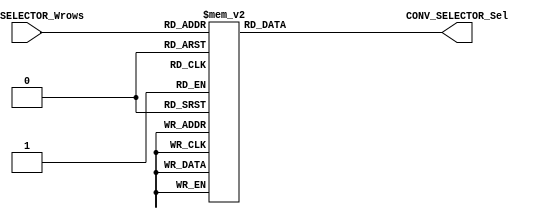
/*#########################################################################
//# General purpose demultiplexer
//#########################################################################
//#
//# Copyright (C) 2021 Jose Maria Jaramillo Hoyos 
//# 
//# This program is free software: you can redistribute it and/or modify
//# it under the terms of the GNU General Public License as published by
//# the Free Software Foundation, either version 3 of the License, or
//# (at your option) any later version.
//#
//# This program is distributed in the hope that it will be useful,
//# but WITHOUT ANY WARRANTY; without even the implied warranty of
//# MERCHANTABILITY or FITNESS FOR A PARTICULAR PURPOSE.  See the
//# GNU General Public License for more details.
//#
//# You should have received a copy of the GNU General Public License
//# along with this program.  If not, see <https://www.gnu.org/licenses/>.
//#
//########################################################################*/

module CONV_SELECTOR #( parameter BITWIDTH_W_ROWS=4)(


//////////// INPUTS //////////
CONV_SELECTOR_Wrows,

//////////// OUTPUTS //////////
CONV_SELECTOR_Sel

);

//=======================================================
//  PORT declarations
//=======================================================
input [BITWIDTH_W_ROWS-1:0] CONV_SELECTOR_Wrows;
output reg [12:0] CONV_SELECTOR_Sel;

//=======================================================
//  Local parameters
//======================================================
localparam [12:0] INVALID   = 13'b0000000000000;
localparam [12:0] CONV1  = 13'b0000000000001;
localparam [12:0] CONV2  = 13'b0000000000011;
localparam [12:0] CONV3  = 13'b0000000000111;
localparam [12:0] CONV4  = 13'b0000000001111;
localparam [12:0] CONV5  = 13'b0000000011111;
localparam [12:0] CONV6  = 13'b0000000111111;
localparam [12:0] CONV7  = 13'b0000001111111;
localparam [12:0] CONV8  = 13'b0000011111111;
localparam [12:0] CONV9  = 13'b0000111111111;
localparam [12:0] CONV10 = 13'b0001111111111;
localparam [12:0] CONV11 = 13'b0011111111111;
localparam [12:0] CONV12 = 13'b0111111111111;
localparam [12:0] CONV13 = 13'b1111111111111;


//=======================================================
//  Combinational lofgic
//=======================================================

always @(*)
begin
	
	case(CONV_SELECTOR_Wrows)
	
		4'd1:CONV_SELECTOR_Sel=CONV1;
		4'd2:CONV_SELECTOR_Sel=CONV2;
		4'd3:CONV_SELECTOR_Sel=CONV3;
		4'd4:CONV_SELECTOR_Sel=CONV4;
		4'd5:CONV_SELECTOR_Sel=CONV5;
		4'd6:CONV_SELECTOR_Sel=CONV6;
		4'd7:CONV_SELECTOR_Sel=CONV7;
		4'd8:CONV_SELECTOR_Sel=CONV8;
		4'd9:CONV_SELECTOR_Sel=CONV9;
		4'd10:CONV_SELECTOR_Sel=CONV10;
		4'd11:CONV_SELECTOR_Sel=CONV11;
		4'd12:CONV_SELECTOR_Sel=CONV12;
		4'd13:CONV_SELECTOR_Sel=CONV13;

		default:CONV_SELECTOR_Sel=INVALID;
	
	endcase

end




endmodule